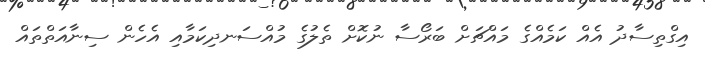
އިގްތިސާދު އެއް ކަމެއްގެ މައްޗަށް ބަރޯސާ ނުކޮށް ތެލުގެ މުއްސަނދިކަމާއި އެހެން ސިނާއަތްތައް